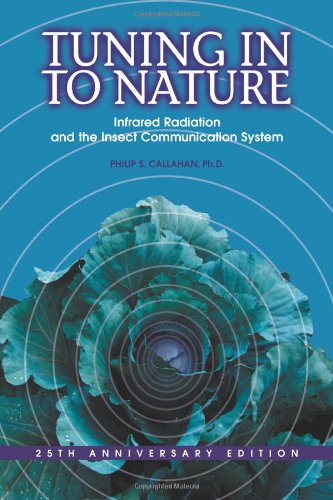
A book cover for Tuning in to Nature; Philip S. Callahan; Science & Math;